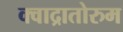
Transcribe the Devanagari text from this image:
क्वाद्रातोरुम